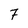
Character: 7